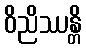
ဝိညိဿန္တိ